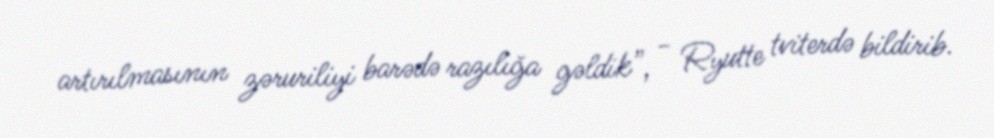
artırılmasının zəruriliyi barədə razılığa gəldik”, - Ryutte tviterdə bildirib.